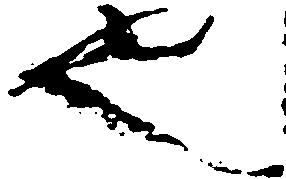
也